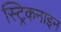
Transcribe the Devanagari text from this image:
स्ट्रिकनाइन